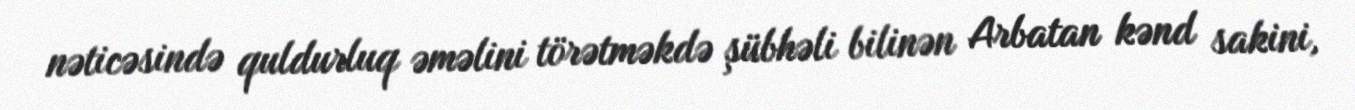
nəticəsində quldurluq əməlini törətməkdə şübhəli bilinən Arbatan kənd sakini,